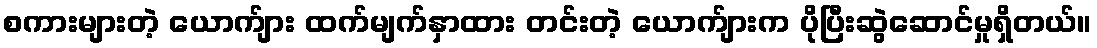
စကားများတဲ့ ယောက်ျား ထက်မျက်နှာထား တင်းတဲ့ ယောက်ျားက ပိုပြီးဆွဲဆောင်မှုရှိတယ်။